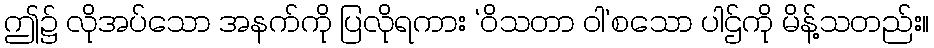
ဤ၌ လိုအပ်သော အနက်ကို ပြလိုရကား ‘ဝိသတာ ဝါ’စသော ပါဌ်ကို မိန့်သတည်း။